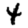
Digit: 4